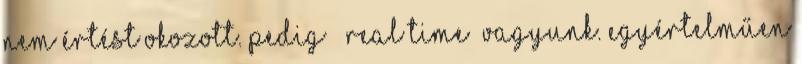
nem értést okozott. Pedig ” real time ”vagyunk. Egyértelműen